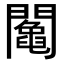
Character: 𨷍